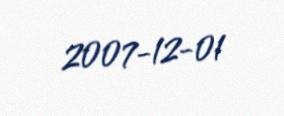
2007-12-01